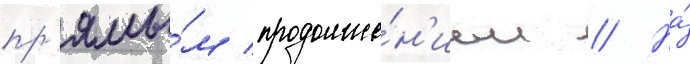
пр'ямы́м продолже́н'ием // На́